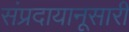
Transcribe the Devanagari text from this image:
संप्रदायानूसारी